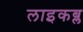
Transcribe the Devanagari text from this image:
लाइकब्ल